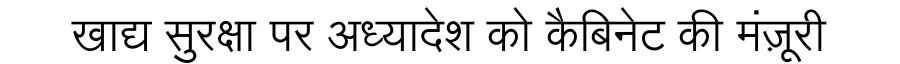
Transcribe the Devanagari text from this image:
खाद्य सुरक्षा पर अध्यादेश को कैबिनेट की मंज़ूरी